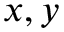
x , y